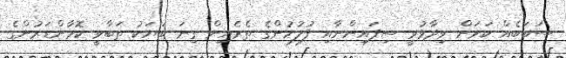
ސަބަބެއް ކަމަށް ވިދާޅުވީ ސިފައިންނާއި ފުލުހުންގެ ތެރެއިން ގިނަ ބަޔަކު ތަބާވީ ކޮމާންޑަރުންގެ